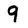
Character: 9